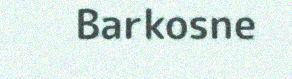
Barkosne